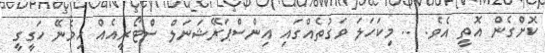
ކޮށްގެން އޮތީ އެވެ. ... މިކަހަލަ ވަގުތެއްގައި އިންސްޕަރޭޝަނަލް ސްޓޯރީއެއް ހިމެނޭ ހަގީގީ